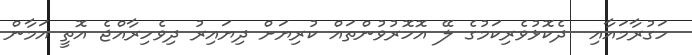
ހަގުރާމައާއި  ދެކޮޅުވެރިކަމުގެ ލޭ އޮހޮރުވުންތައް ކުރިޔަށް ދިޔައިރު ދިވެހިރާއްޖެ އޮތީ އަމާން